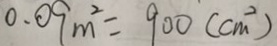
0 . 0 9 m ^ { 2 } = 9 0 0 ( c m ^ { 2 } )